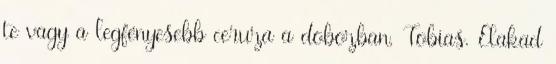
te vagy a legfényesebb ceruza a dobozban, Tobias. Elakad